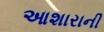
આશારાની